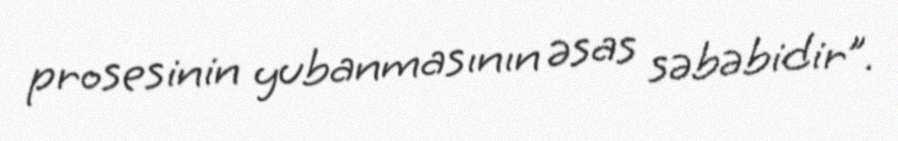
prosesinin yubanmasının əsas səbəbidir”.